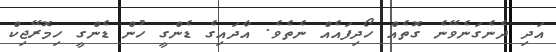
އަދި ދެނެގަނެވޭނެ ގޮތެއް ހޯދިފައެއް ނެތެވެ. އާދައިގެ ޑެންގީ ހުން ޑެންގީ ހިމޮރޭޖިކް